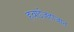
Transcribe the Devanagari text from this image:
हवाईजहाजात